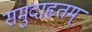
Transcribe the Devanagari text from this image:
समुदाहृतम्